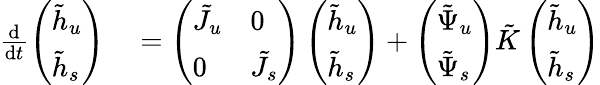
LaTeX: \begin{array}{rl}{\frac{\mathop{}\! \mathrm{d}}{\mathop{}\! \mathrm{d}t}\left(\begin{array}{l}{\tilde{h}_{u}}\\ {\tilde{h}_{s}}\end{array}\right)}&{{}=\left(\begin{array}{ll}{\tilde{J}_{u}}&{0}\\ {0}&{\tilde{J}_{s}}\end{array}\right)\left(\begin{array}{l}{\tilde{h}_{u}}\\ {\tilde{h}_{s}}\end{array}\right)+\left(\begin{array}{l}{\tilde{\Psi}_{u}}\\ {\tilde{\Psi}_{s}}\end{array}\right)\tilde{K}\left(\begin{array}{l}{\tilde{h}_{u}}\\ {\tilde{h}_{s}}\end{array}\right)}\end{array}